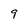
Character: 9